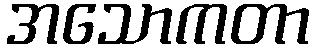
အသောကတာ